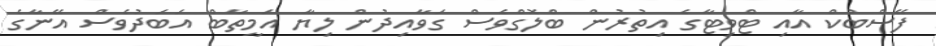
ފޭސްބުކް އާއި ޓްވިޓާގެ އިތުރުން ބްލޮގްވެސް ގަވާއިދުން ލިޔާ އަމީތާބް އަބަދުވެސް އޭނާގެ